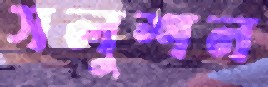
সলুশন